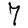
Digit: 7